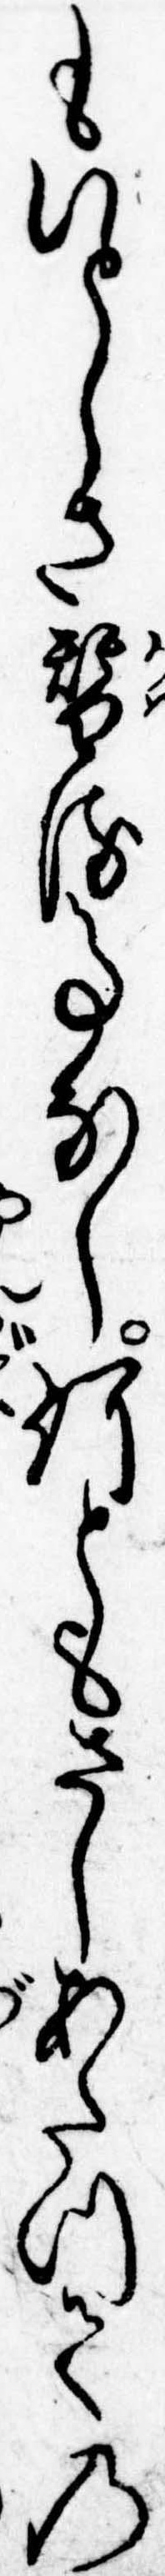
もいとしさ替る事なし何ともさしあたつての